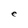
Character: e